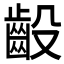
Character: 𫠙